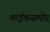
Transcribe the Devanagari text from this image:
माईकसमोर